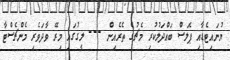
ޔުނައިޓެޑާއި ޕެލަސް ބައްދަލުކުރި މެޗުގެ ތެރެއިން --- ލީގުގައި މިރޭ ވާދަވެރި މެންޗެސްޓާ